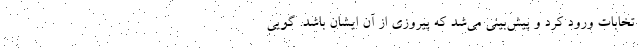
تخابات ورود کرد و پیش‌بینی می‌شد که پیروزی از آن ایشان باشد. گویی